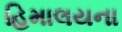
હિમાલયના